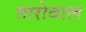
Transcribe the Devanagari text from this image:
तारोवाल